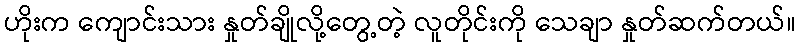
ဟိုးက ကျောင်းသား နှုတ်ချိုလို့တွေ့တဲ့ လူတိုင်းကို သေချာ နှုတ်ဆက်တယ်။